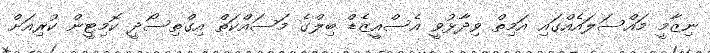
ނިޒާމީ މައްސަލައެއްގައި އަމިތް ވިދާޅުވީ އެސްއީޒެޑް ބިލްގެ މަސައްކަތް އިގްތިސޯދީ ކޮމިޓީން ކުރިއަށް